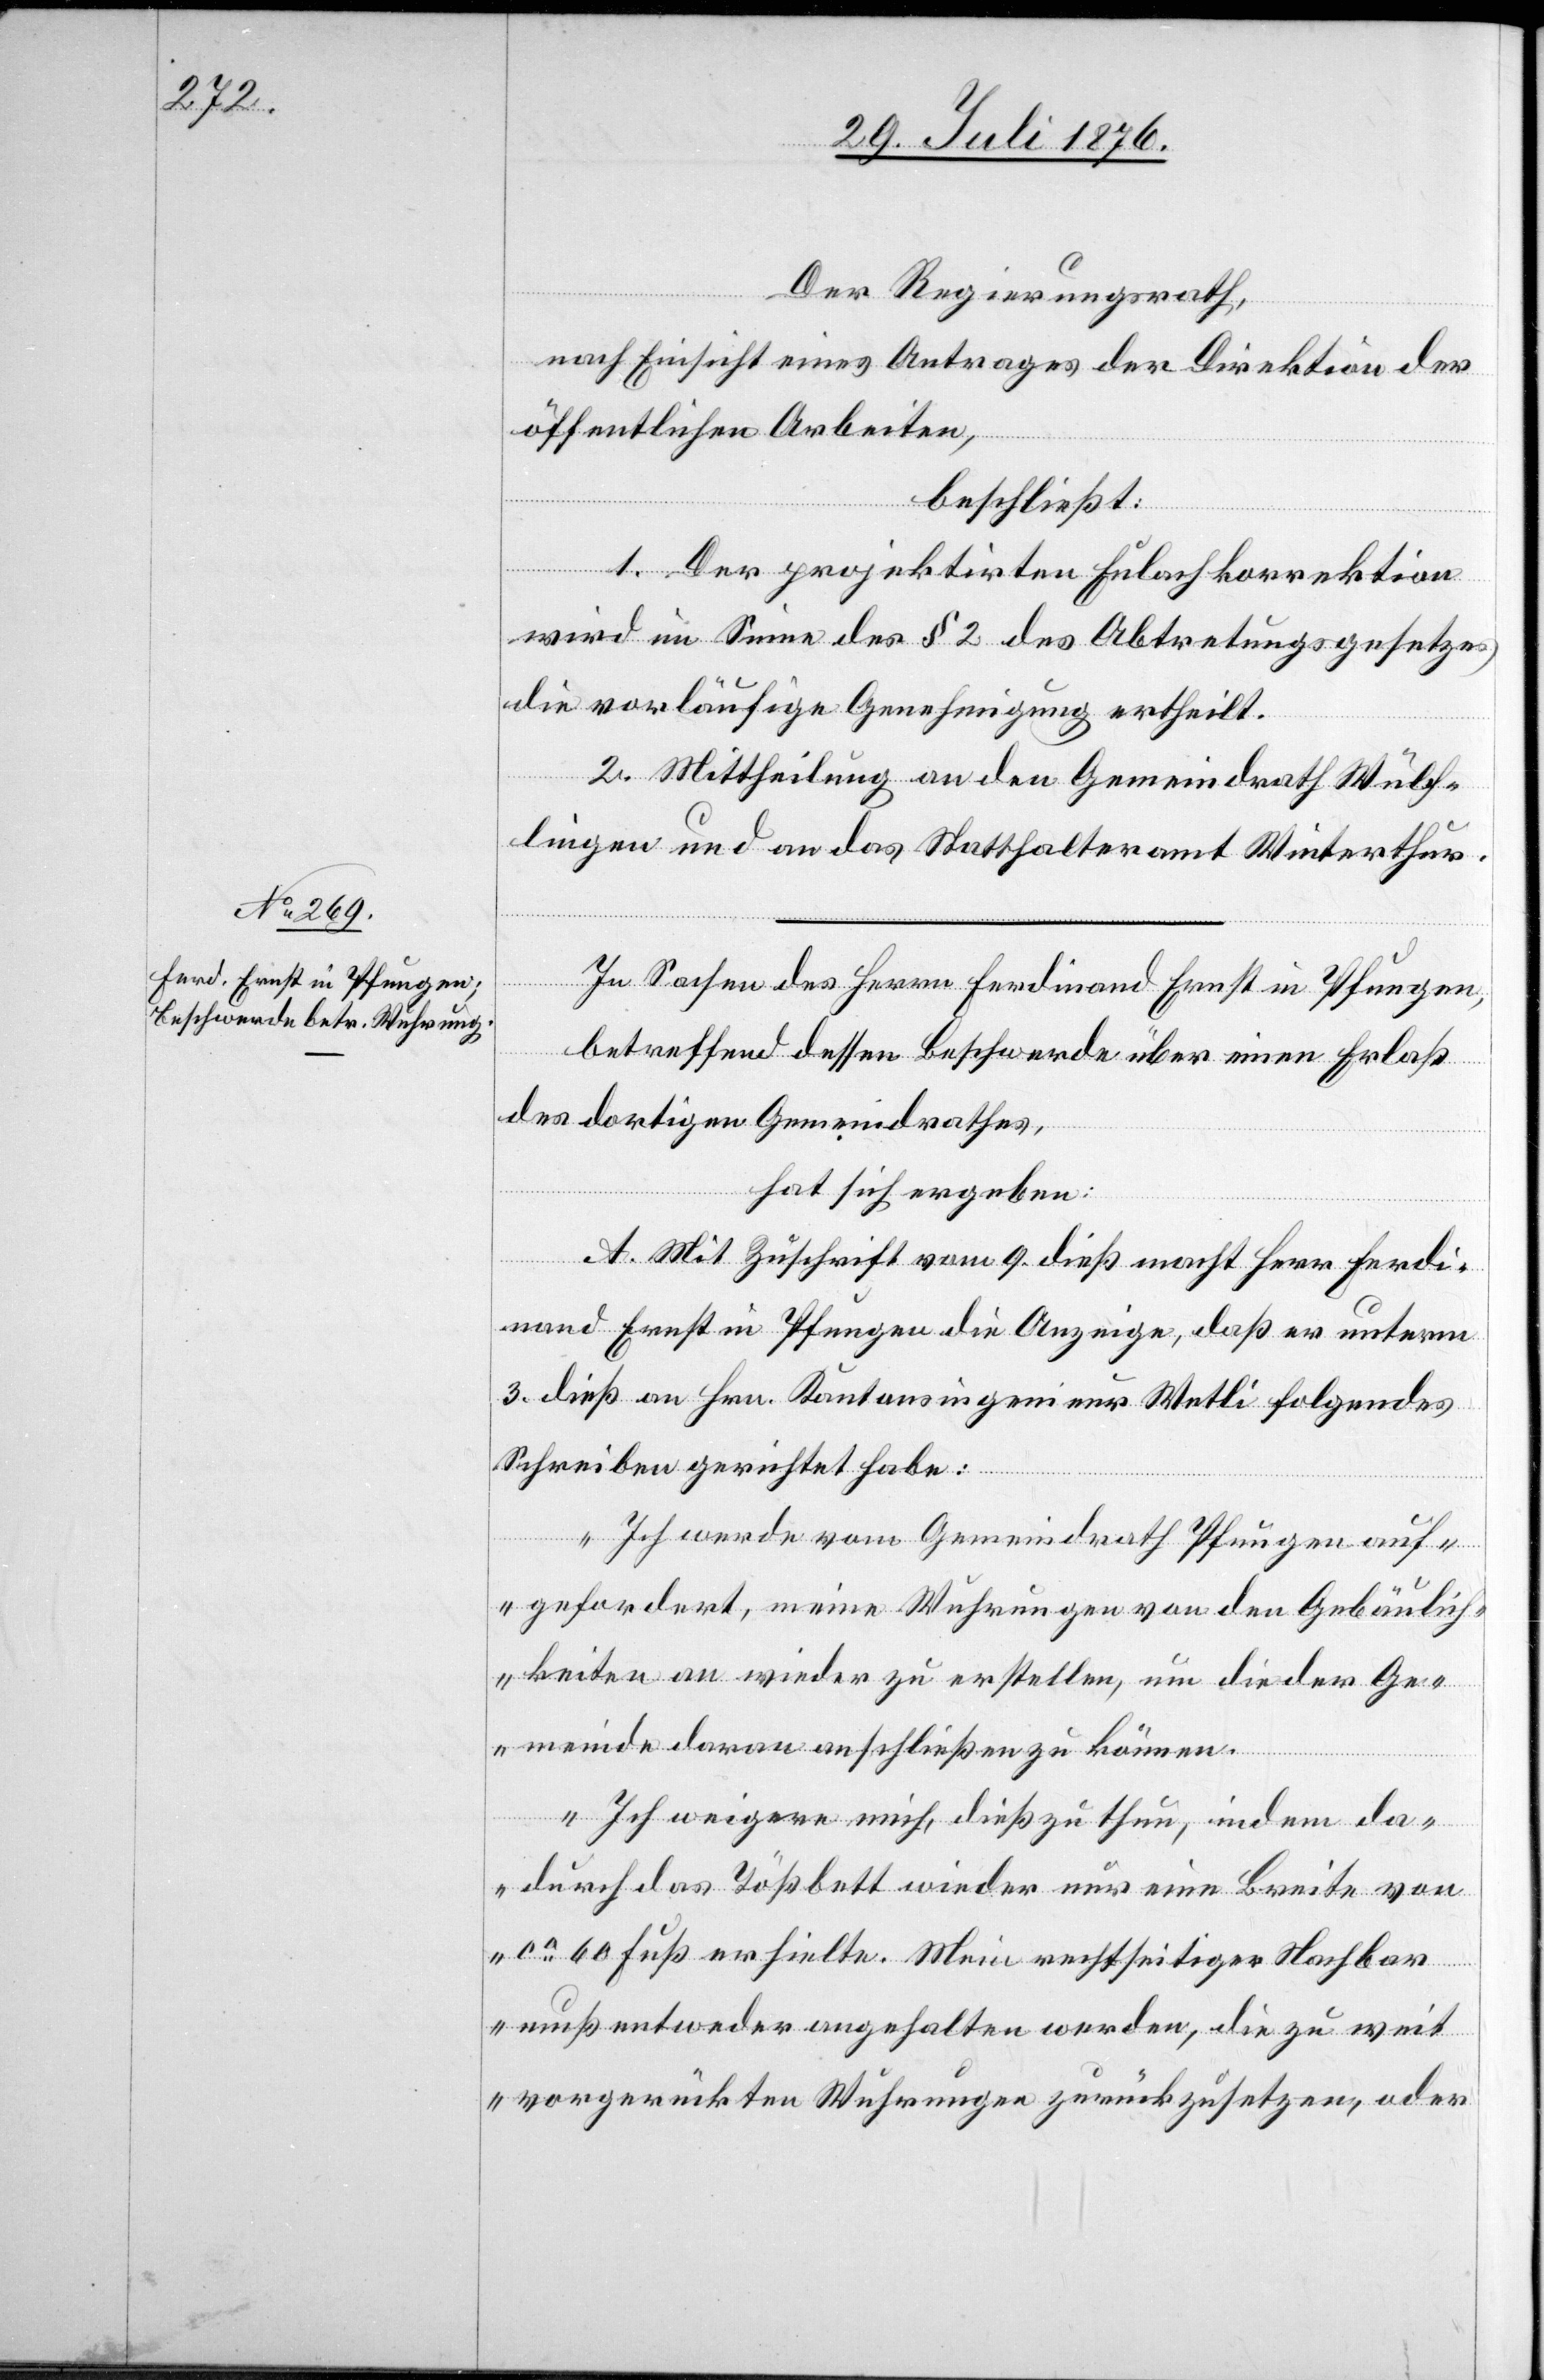
Der Regierungsrath,
nach Einsicht eines Antrages der Direktion der
öffentlichen Arbeiten,
beschließt:
1. Der projektirten Eulachkorrektion
wird im Sinne des § 2 des Abtretungsgesetzes
die vorläufige Genehmigung ertheilt.
2. Mittheilung an den Gemeindrath Wülf¬
lingen und an das Statthalteramt Winterthur.
In Sachen des Herrn Ferdinand Ernst in Pfungen,
betreffend dessen Beschwerde über einen Erlaß
des dortigen Gemeindrathes,
hat sich ergeben:
A. Mit Zuschrift vom 9. dieß macht Herr Ferdi¬
nand Ernst in Pfungen die Anzeige, das er unterm
3. dies an Hrn. Kantonsingenieur Wetli folgendes
Schreiben gerichtet habe:
„Ich werde vom Gemeindrath Pfungen auf¬
gefordert, meine Wuhrungen von den Gebäulich¬
keiten an wieder zu erstellen, um die der Ge¬
meinde daran anschließen zu können.
Ich weigere mich, dieß zu thun, indem da¬
durch das Tößbett wieder nur eine Breite von
ca 60 Fuß erhielte. Mein rechtseitiger Nachbar
muß entweder angehalten werden, die zu weit
vorgerückten Wuhrungen zurückzusetzen, oder